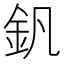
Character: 釩